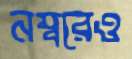
নম্বরেও